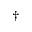
^ \dagger